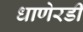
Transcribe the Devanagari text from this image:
धाणेरडी